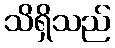
သိရှိသည်